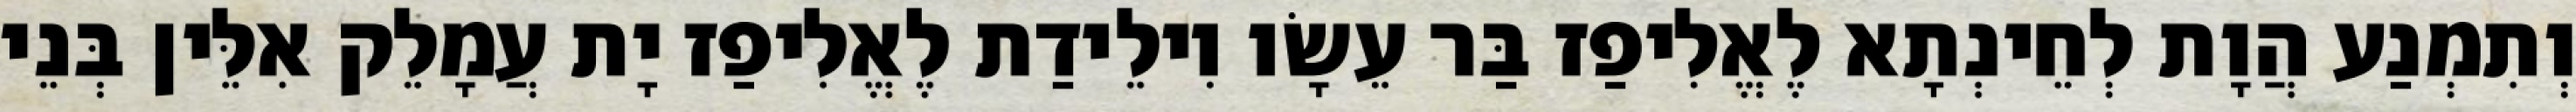
וְתִמְנַע הֲוָת לְחֵינְתָא לֶאֱלִיפַז בַּר עֵשָׂו וִילֵידַת לֶאֱלִיפַז יָת עֲמָלֵק אִלֵּין בְּנֵי